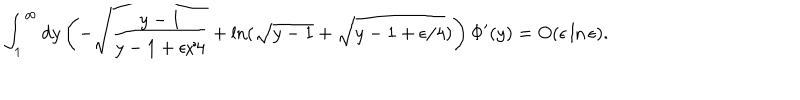
\int _ { 1 } ^ { \infty } d y \left( - \sqrt { \frac { y - 1 } { y - 1 + \epsilon / 4 } } + \ln ( \sqrt { y - 1 } + \sqrt { y - 1 + \epsilon / 4 } ) \right) \Phi ^ { \prime } ( y ) = O ( \epsilon \ln \epsilon ) .